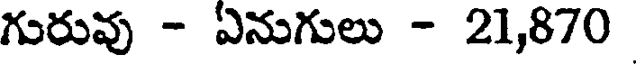
గురువు - ఏనుగులు - 21,870